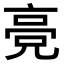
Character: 𬴔